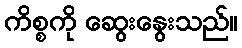
ကိစ္စကို ဆွေးနွေးသည်။